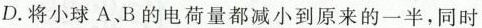
D.将小球A、B的电荷量都减小到原来的一半，同时